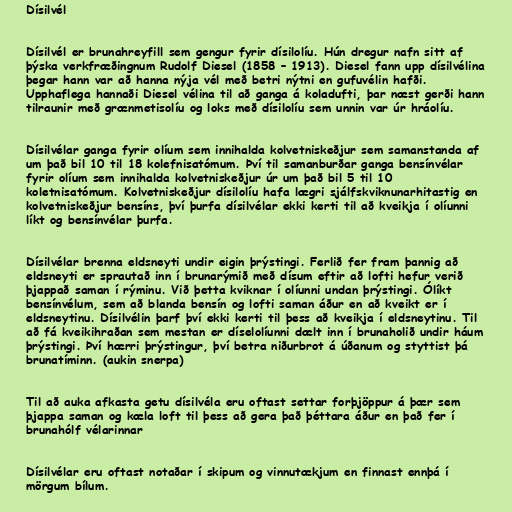
Dísilvél

Dísilvél er brunahreyfill sem gengur fyrir dísilolíu. Hún dregur nafn sitt af
þýska verkfræðingnum Rudolf Diesel (1858 – 1913). Diesel fann upp dísilvélina
þegar hann var að hanna nýja vél með betri nýtni en gufuvélin hafði.
Upphaflega hannaði Diesel vélina til að ganga á koladufti, þar næst gerði hann
tilraunir með grænmetisolíu og loks með dísilolíu sem unnin var úr hráolíu.

Dísilvélar ganga fyrir olíum sem innihalda kolvetniskeðjur sem samanstanda af
um það bil 10 til 18 kolefnisatómum. Því til samanburðar ganga bensínvélar
fyrir olíum sem innihalda kolvetniskeðjur úr um það bil 5 til 10
koletnisatómum. Kolvetniskeðjur dísilolíu hafa lægri sjálfskviknunarhitastig en
kolvetniskeðjur bensíns, því þurfa dísilvélar ekki kerti til að kveikja í olíunni
líkt og bensínvélar þurfa.

Dísilvélar brenna eldsneyti undir eigin þrýstingi. Ferlið fer fram þannig að
eldsneyti er sprautað inn í brunarýmið með dísum eftir að lofti hefur verið
þjappað saman í rýminu. Við þetta kviknar í olíunni undan þrýstingi. Ólíkt
bensínvélum, sem að blanda bensín og lofti saman áður en að kveikt er í
eldsneytinu. Dísilvélin þarf því ekki kerti til þess að kveikja í eldsneytinu. Til
að fá kveikihraðan sem mestan er díselolíunni dælt inn í brunaholið undir háum
þrýstingi. Því hærri þrýstingur, því betra niðurbrot á úðanum og styttist þá
brunatíminn. (aukin snerpa)

Til að auka afkasta getu dísilvéla eru oftast settar forþjöppur á þær sem
þjappa saman og kæla loft til þess að gera það þéttara áður en það fer í
brunahólf vélarinnar

Dísilvélar eru oftast notaðar í skipum og vinnutækjum en finnast ennþá í
mörgum bílum.